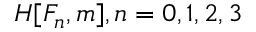
H [ F _ { n } , m ] , n = 0 , 1 , 2 , 3